Vaccination United Provinces of Agra and Oudh 1902-1913 - 1902-1913
Year: 1902
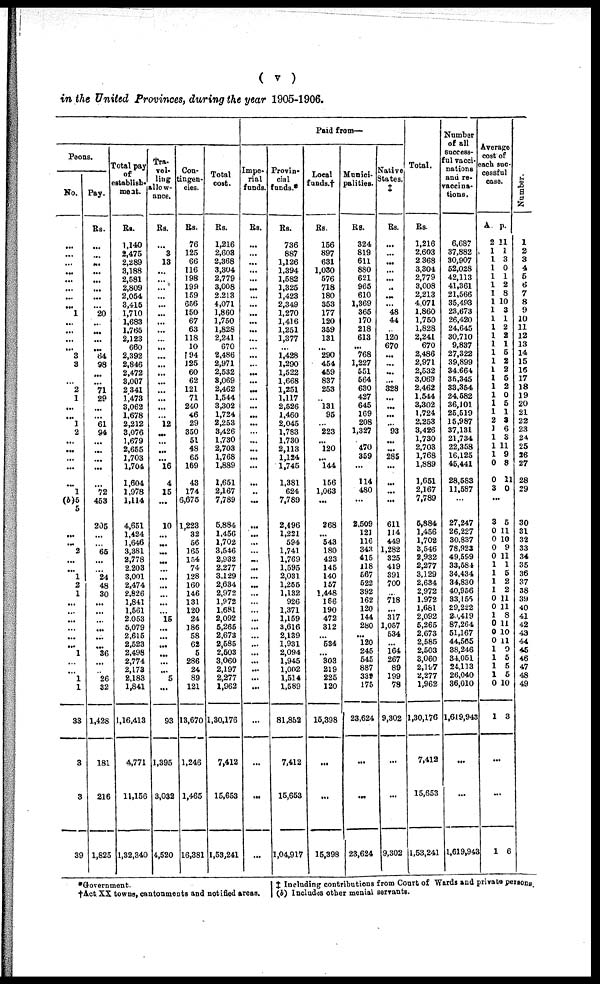
( v )
in the United Provinces, during the year 1905-1906.
Peons.
No.
...
...
...
...
...
......
...
...
1
...
...
...
...
3
3
...
2
1
...
...
l
2
...
...
...
...
...
1
(b)5
5
...
...
2
...
...
1
2
1
...
...
...
...
...
...
1
...
...
1
1
33
3
3
39
Pay.
Rs.
...
...
...
...
...
...
...
...
20
...
...
...
...
64
98
...
...
71
29
...
...
61
94
...
...
...
...
...
72
453
205
...
...
65
...
...
24
48
30
...
...
...
...
...
...
36
...
...
26
32
1,428
181
216
1,825
Total pay
of
establish-
ment.
Rs.
1,140
2,475
2,289
3,188
2,581
2,809
2,054
3,415
1,710
1,683
1,765
2,123
660
2,392
2,846
2,472
3,007
2 341
1,473
3,062
1,678
2,212
3,076
1,679
2,655
1,703
1,704
1,604
1,978
1,114
4,651
1,424
1,646
3,381
2,778
2,203
3,001
2,474
2,826
1,841
1,561
2,053
5,079
2,615
2,523
2,498
2,774
2,173
2,183
1,841
1,16,413
4,771
11,156
1,32,340
Tra-
vel-
ling
allow-
ance.
Rs.
...
3
13
...
...
...
...
...
...
...
...
...
...
...
...
...
...
...
...
...
...
12
...
...
...
...
16
4
15
...
10
...
...
...
...
...
...
...
...
...
...
15
...
...
...
...
...
...
5
...
93
1,395
3,032
4,520
Con-
tingen-
cies.
Rs.
76
125
66
116
198
199
159
656
150
67
63
118
10
194
125
60
62
121
71
240
46
29
350
51
48
65
169
43
174
6,675
1,223
32
56
165
154
74
128
160
146
131
120
24
186
58
62
5
286
24
89
121
13,670
1,246
1,465
16,381
Total
cost.
Rs.
1,216
2,603
2,368
3,304
2,779
3,008
2,213
4,071
1,860
1,750
1,828
2,241
670
2,486
2,971
2,532
3,069
2,462
1,544
3,302
1,724
2,253
3,426
1,730
2,703
1,768
1,889
1,651
2,167
7,789
5,884
1,456
1,702
3,546
2,932
2,277
3,129
2,634
2,972
1,972
1,681
2,092
5,265
2,673
2,585
2,503
3,060
2,197
2,277
1,962
1,30,176
7,412
15,653
1,53,241
Paid from—
Impe-
rial
funds.
Rs.
...
...
...
...
...
...
...
...
...
...
...
...
...
...
...
...
...
...
...
...
...
...
...
... ...
...
...
...
...
...
...
...
...
...
...
...
...
...
...
...
...
...
...
...
...
...
...
... ...
...
...
...
...
...
Provin-
cial
funds.*
Rs.
736
887
1,126
1,394
1,582
1,325
1,423
2,349
1,270
1,416
1,251
1,377
...
1,428
1,290
1,522
1,668
1,251
1,117
2,526
1,460
2,045
1,783
1,730
2,113
1,124
1,745
1,381
624
7,789
2,496
1,221
594
1,741
1,769
1,595
2,031
1,255
1,132
926
1,371
1,159
3,616
2,139
1,931
2,094
1,945
1,002
l,514
1,589
81,852
7,412
15,653
1,04,917
Local
funds.†
Rs.
156
897
631
1,030
576
718
180
353
177
120
359
131
... 290
454
459
837
253
...
131
95
...
223
... 120
...
144
156
1,063
...
268
...
543
180
423
145
140
157
1,448
166
190
472
312
...
534
...
303
219
225
120
15,398
...
...
15,398
Munici-
palities.
Rs.
324
819
611
880
621
965
610
1,369
365
170
218
613
... 768
1,227
551
564
630
427
645
169
208
1,327
470
359
...
114
480
...
2,509
121
116
343
415
118
567
522
392
162
120
144
280
...
120
245
545
887
339
175
23,624
...
...
23,624
Native
States.
Rs.
...
...
...
...
...
...
...
...
48
44
...
120
670
...
...
...
...
328
...
...
...
...
93
... ...
285
...
...
...
...
611
114
449
1,282
325
419
391
700
... 718
...
317
1,057
534
...
164
267
89
199
78
9,302
...
...
9,302
Total.
Rs.
1,216
2,603
2368
3,304
2,779
3,008
2,213
4,071
1,860
1,750
1,828
2,241
670
2,486
2,971
2,532
3,069
2,462
1,544
3,302
1,724
2,253
3,426
1,730
2,703
1,768
1,889
1,651
2,167
7,789
5,884
1,456
1,702
3,546
2,932
2,277
3,129
2,634
2,972
1,972
1,681
2,092
5,265
2,673
2,585
2,503
3,060
2,197
2,277
1,962
1,30,176
7,412
15,653
1,53,241
Number
of all
Success-
ful vacci-
nations
and re-
vaccina-
tions.
6,687
37,882
30,907
52,028
42,113
41,361
21,566
35,493
23,673
26,420
24,645
30,710
9,837
27,322
39,899
34,664
35,345
33,354
24,582
36,101
25,519
15,987
37,131
21,734
22,358
16,125
45,441
28,583
11,587
27,247
26,227
30,837
78,923
49,599
33,584
34,434
34,830
40,956
33,155
29,222
20,419
87,264
51,167
44,565
38,246
34,051
24,113
26,040
36,010
1,619,943
...
...
1,619,943
Average
cost of
each suc-
cessful
case.
A.
2
1
1
1
1
1
1
1
1
1
1
1
1
1
1
1
1
1
1
1
1
2
1
1
1
1
0
0
3
...
3
0
0
0
0
1
1
1
1
0
0
1
0 0
0
1
1
1
1
0
1
...
...
1
p.
11
1
3
0
1
2
8
10
3
1
2
2
1
5
2
2
5
2
0
5
1
3
6
3
11
9
8
11
0
5
11
10
9
11
1
5
2
2
11
11
8
11
10
11
0
5
5
5
10
3
6
Number.
1
2
3
4
5
6
7
8
9
10
11
12
13
14
15
16
17
18
19
20
21
22
23
24
25
26
27
28
29
30
31
32
33
34
35
36
37
38
39
40
41
42
43
44
45
46
47
48
49
*Government.
†Act XX towns, cantonments and notified areas.
‡ Including contributions from Court of Wards and private persons.
(b) Includes other menial servants.